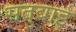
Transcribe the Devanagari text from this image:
सतुबाई